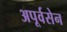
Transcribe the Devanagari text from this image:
अपूर्वसेन